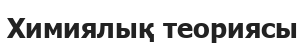
Химиялық теориясы